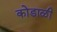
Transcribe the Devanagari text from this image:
कोडाळी